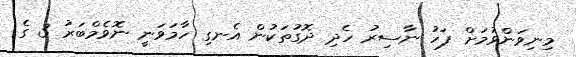
މިނިވަންވުމަށް ފަހު ނާސިރު ހެދި ދޮގުތަކުން އެނގި ހާމަވަނީ ނޮވެމްބަރު 3 ގެ